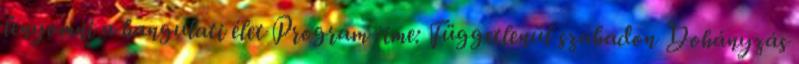
lenyomni a hangulati élet Program címe: Függetlenül szabadon Dohányzás